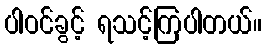
ပါဝင်ခွင့် ရသင့်ကြပါတယ်။